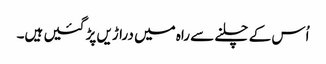
اُس کے چلنے سے راہ میں دراڑیں پڑ گئیں ہیں۔